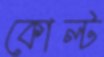
কোল্ট